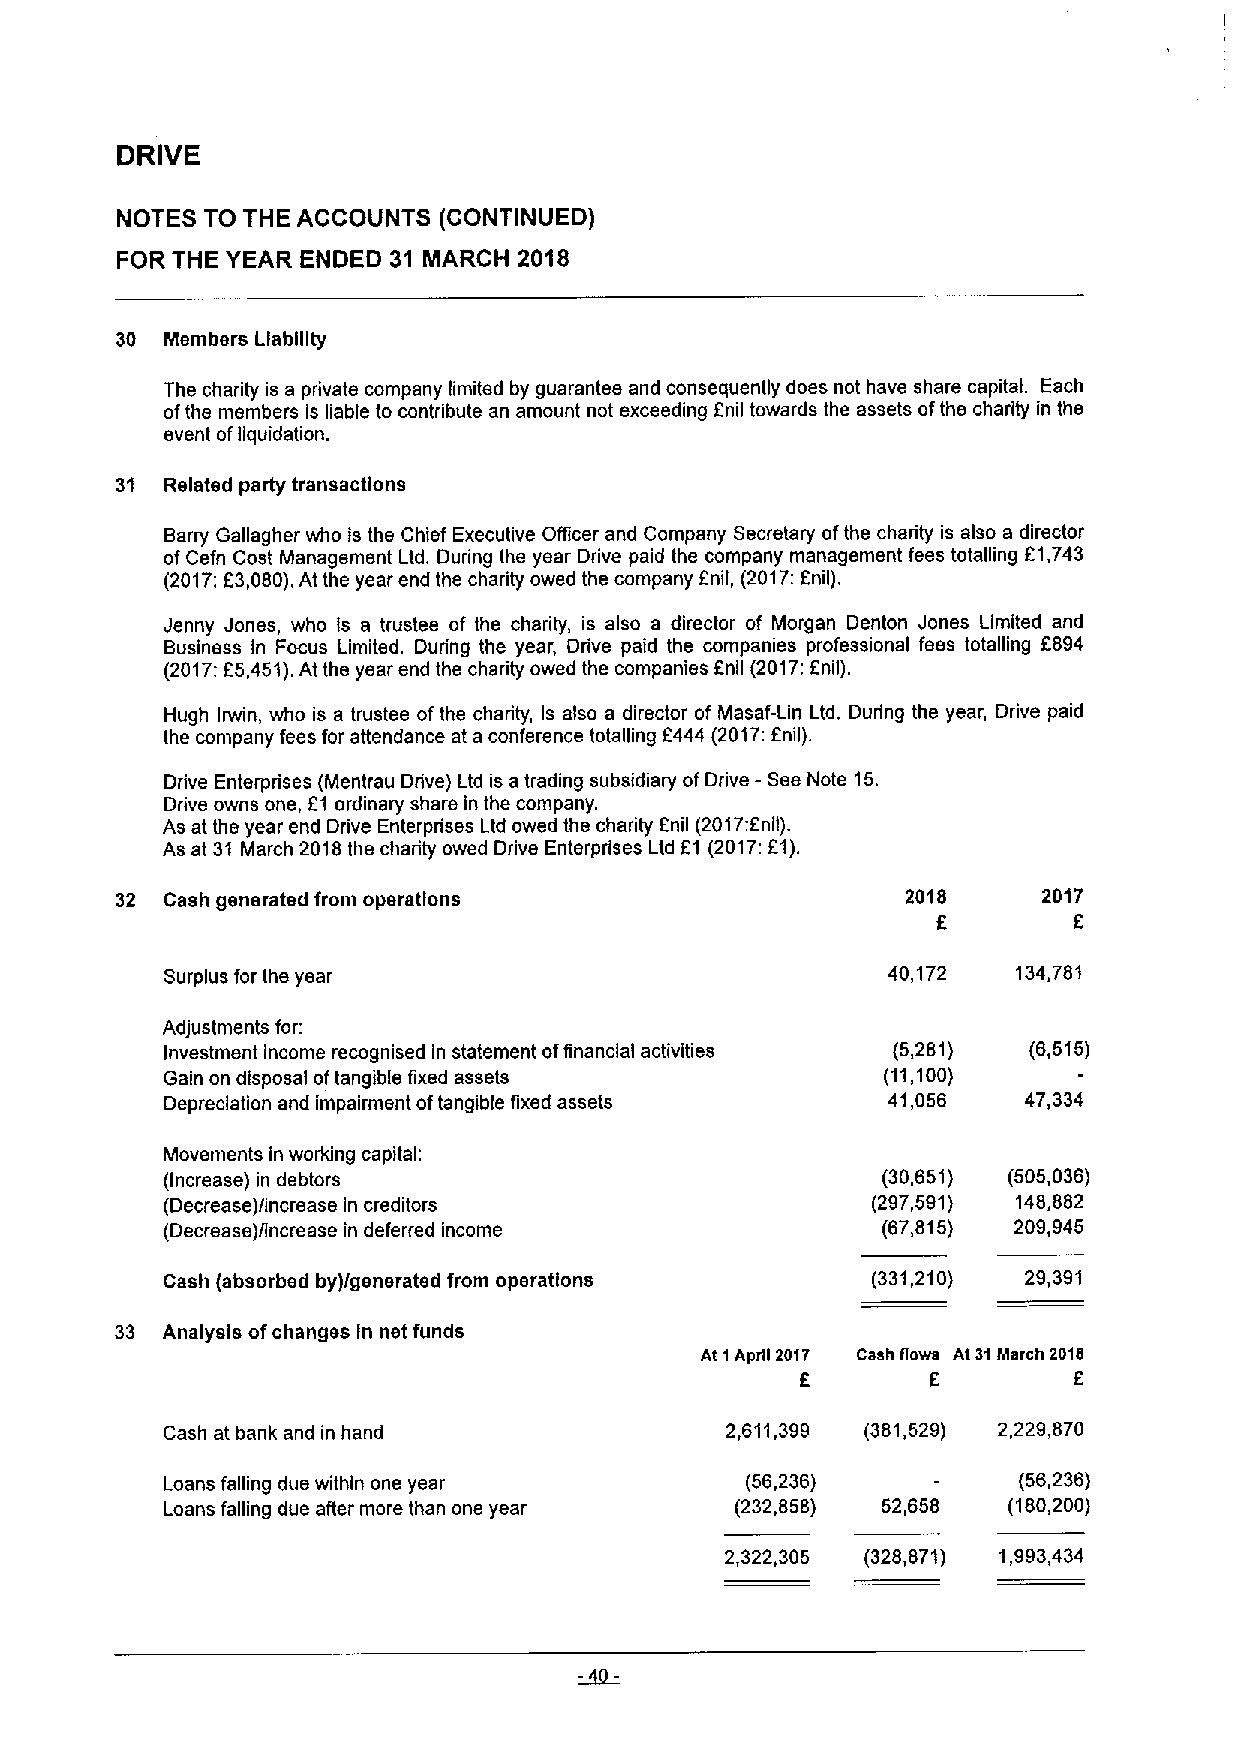
DRIVE
 NOTES TO THE ACCOUNTS (CONTINUED)
 FOR THE YEAR ENDED 31 MARCH 2018
 30 Members Liability
 The charity is a private company limited by guarantee and consequently does not have share capital. Each
 ofthe members is liable to contribute an amount not exceeding f nil towards the assets ofthe charity in the
 event ofliquidation.
 31 Related party transactions
 Barry Gallagher who is the Chief Executive Officer and Company Secretary ofthe charily is also a director
 ofCefn Cost Management Ltd. During the year Drive paid the company management fees totalling f1,743
 (2017:f3,080).At the year end the charity owed the company f nil, (2017:Enil).
 Jenny Jones, who is a trustee of the charity, is also a director of Morgan Denton Jones Limited and
 Business In Focus Limited. During the year, Drive paid the companies professional fees totalling f894
 (2017:E5,451).At the year end the charity owed the companies fnfi
 (2017:f
 nil).
 Hugh Irwin, who is a trustee ofthe charity, Is also a director of Masaf-Lin Ltd. During the year, Drive paid
 the company fees for attendance at a conference totalling E444 (2017:fnil).
 Drive Enterprises (Mentrau Drive) Ltd is a trading subsidiary ofDrive -See Note 15.
 Drive owns one, f1 ordinary share in the company.
 As at the year end Drive Enterprises Ltd owed the charity f nil (2017:fnil).
 As at 31 March 2018the charity owed Drive Enterprises Ltd E1 (2017:E1).
 32 Cash generated from operations                   2018     2017
 f        f
 Surplus for the year                            40,172  134,781
 Adjustments for:
 Investment income recognised in statement offinanclal activities (5,281) (6,515)
 Gain on disposal oftangible fixed assets       (11,100)
 Depreciation and impairment oftangible fixed assets 41,056 47,334
 Movements in working capital:
 (Increase) in debtors                          (30,651) (505,036)
 (Decrease)fincrease in creditors               (297,591) 148,882
 (Decrease)/increase in deferred income         (67,815) 209,945
 Cash (absorbed by)/generated from operations   (331,210) 29,391
 33 Analysis ofchanges In net funds
 At 1April 2017 Cash flows At 31March 2010
 f        f        f
 Cash at bank and in hand             2,611,399 (381,529) 2,229,870
 Loans falling due within one year     (56,236)          (56,236)
 Loans falling due after more than one year (232,858) 52,658 (180,200)
 2,322,305 (328,871) 1,993,434